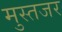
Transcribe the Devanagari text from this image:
मुस्तजर